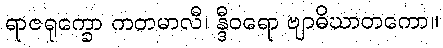
ရာဇရုက္ခော ကတမာလီ၊ န္ဒီဝရော ဗျာဓိဃာတကော။